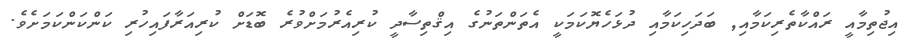
އިޖުތިމާއީ ރައްކާތެރިކަމާއި